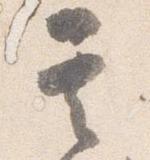
其